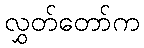
လွှတ်တော်က